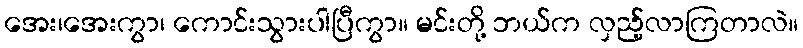
အေး၊အေးကွာ၊ ကောင်းသွားပါပြီကွာ။ မင်းတို့ ဘယ်က လှည့်လာကြတာလဲ။